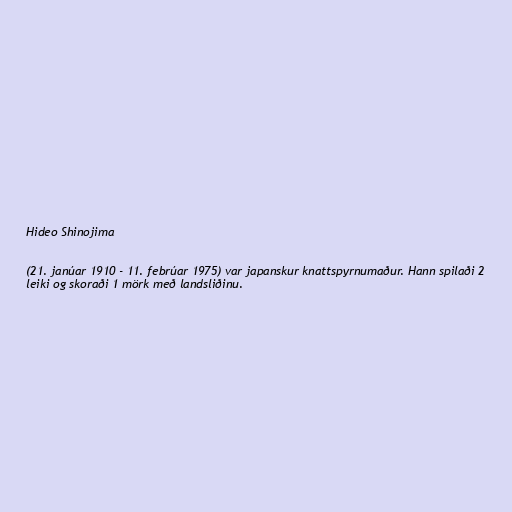
Hideo Shinojima

(21. janúar 1910 - 11. febrúar 1975) var japanskur knattspyrnumaður. Hann spilaði 2
leiki og skoraði 1 mörk með landsliðinu.